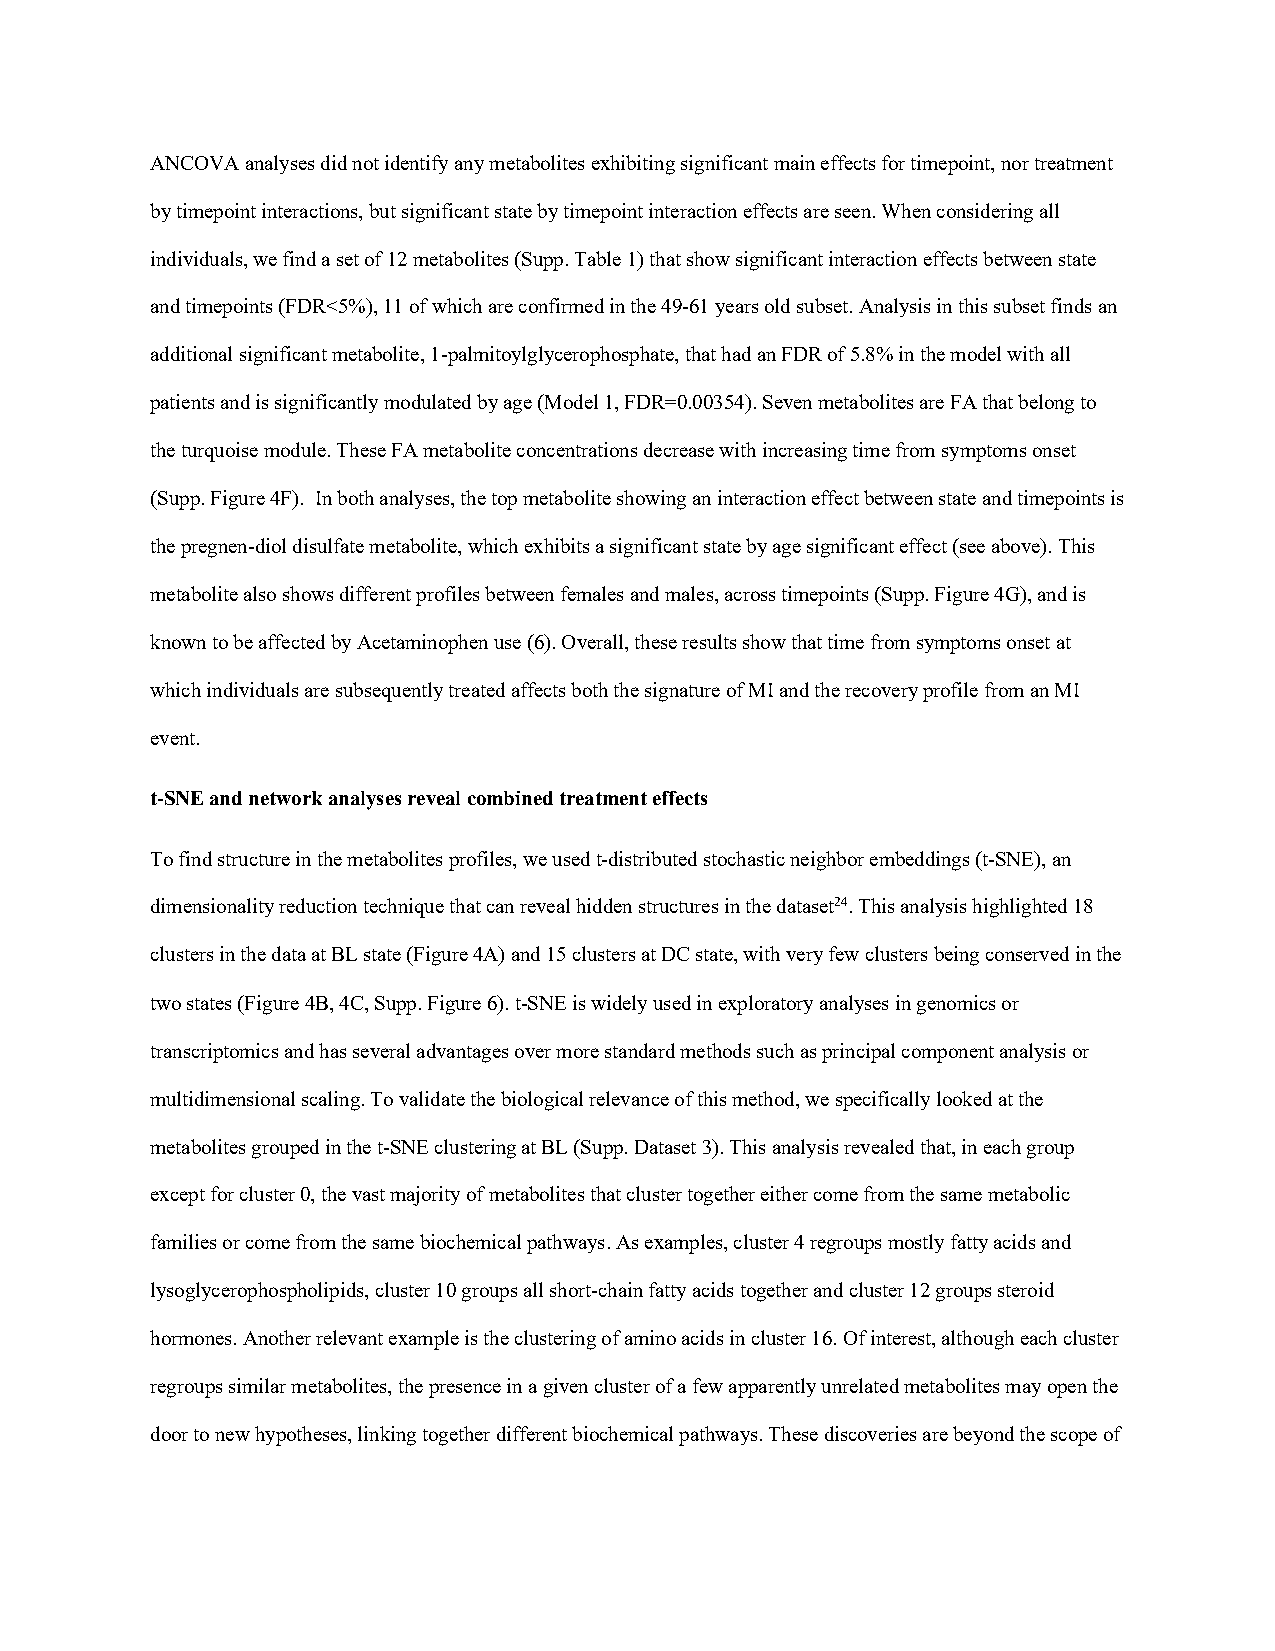
ANCOVA analyses did not identify any metabolites exhibiting significant main effects for timepoint, nor treatment
 by timepoint interactions, but significant state by timepoint interaction effects are seen. When considering all
 individuals, we find a set of 12 metabolites (Supp. Table 1) that show significant interaction effects between state
 and timepoints (FDR<5%), 11 of which are confirmed in the 49-61 years old subset. Analysis in this subset finds an
 additional significant metabolite, 1-palmitoylglycerophosphate, that had an FDR of 5.8% in the model with all
 patients and is significantly modulated by age (Model 1, FDR=0.00354). Seven metabolites are FA that belong to
 the turquoise module. These FA metabolite concentrations decrease with increasing time from symptoms onset
 (Supp. Figure 4F). In both analyses, the top metabolite showing an interaction effect between state and timepoints is
 the pregnen-diol disulfate metabolite, which exhibits a significant state by age significant effect (see above). This
 metabolite also shows different profiles between females and males, across timepoints (Supp. Figure 4G), and is
 known to be affected by Acetaminophen use (6). Overall, these results show that time from symptoms onset at
 which individuals are subsequently treated affects both the signature of MI and the recovery profile from an MI
 event.
 t-SNE and network analyses reveal combined treatment effects
 To find structure in the metabolites profiles, we used t-distributed stochastic neighbor embeddings (t-SNE), an
 dimensionality reduction technique that can reveal hidden structures in the dataset24. This analysis highlighted 18
 clusters in the data at BL state (Figure 4A) and 15 clusters at DC state, with very few clusters being conserved in the
 two states (Figure 4B, 4C, Supp. Figure 6). t-SNE is widely used in exploratory analyses in genomics or
 transcriptomics and has several advantages over more standard methods such as principal component analysis or
 multidimensional scaling. To validate the biological relevance of this method, we specifically looked at the
 metabolites grouped in the t-SNE clustering at BL (Supp. Dataset 3). This analysis revealed that, in each group
 except for cluster 0, the vast majority of metabolites that cluster together either come from the same metabolic
 families or come from the same biochemical pathways. As examples, cluster 4 regroups mostly fatty acids and
 lysoglycerophospholipids, cluster 10 groups all short-chain fatty acids together and cluster 12 groups steroid
 hormones. Another relevant example is the clustering of amino acids in cluster 16. Of interest, although each cluster
 regroups similar metabolites, the presence in a given cluster of a few apparently unrelated metabolites may open the
 door to new hypotheses, linking together different biochemical pathways. These discoveries are beyond the scope of